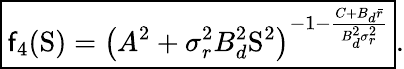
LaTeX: \boxed{\mathsf{f}_{4}(\mathrm{{S}})=\left(A^{2}+\sigma_{r}^{2}B_{d}^{2}\mathrm{{S}}^{2}\right)^{-1-\frac{{C+B_{d}\bar{{r}}}}{{B_{d}^{2}\sigma_{r}^{2}}}}}.